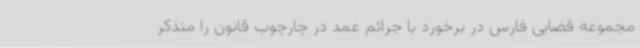
مجموعه قضایی فارس در برخورد با جرائم عمد در چارچوب قانون را متذکر